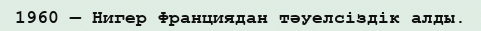
1960 — Нигер Франциядан тәуелсіздік алды.